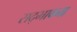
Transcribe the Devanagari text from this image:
सद्‌भावना